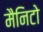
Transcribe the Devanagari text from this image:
मैनिटो